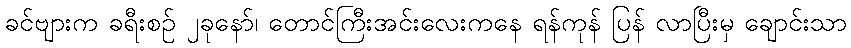
ခင်ဗျားက ခရီးစဉ် ၂ခုနော်၊ တောင်ကြီးအင်းလေးကနေ ရန်ကုန် ပြန် လာပြီးမှ ချောင်းသာ